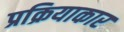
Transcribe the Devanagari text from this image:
प्रक्रियाकार